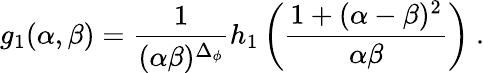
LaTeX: g_{1}(\alpha,\beta)=\frac{1}{(\alpha\beta)^{\Delta_{\phi}}}h_{1}\left(\frac{1+(\alpha-\beta)^{2}}{\alpha\beta}\right)~.